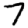
Digit: 7